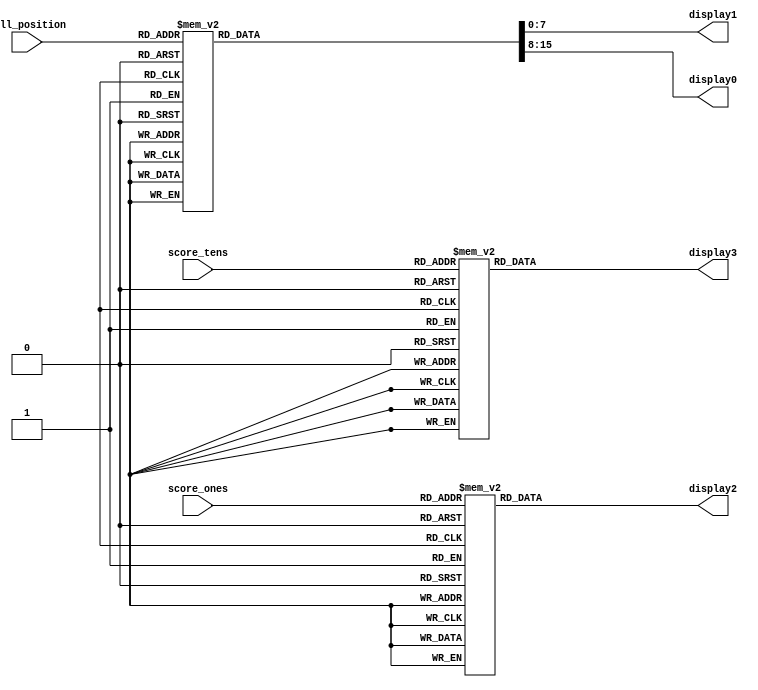
`timescale 1ns / 1ps
`define SSD_BIT_WIDTH 8 // SSD display control bit width
`define SSD_ZERO `SSD_BIT_WIDTH'b0000001_1 // 0
`define SSD_ONE `SSD_BIT_WIDTH'b1001111_1 // 1
`define SSD_TWO `SSD_BIT_WIDTH'b0010010_1 // 2
`define SSD_THREE `SSD_BIT_WIDTH'b000110_1 // 3
`define SSD_FOUR `SSD_BIT_WIDTH'b1001100_1 // 4
`define SSD_FIVE `SSD_BIT_WIDTH'b0100100_1 // 5
`define SSD_SIX `SSD_BIT_WIDTH'b0100000_1 // 6
`define SSD_SEVEN `SSD_BIT_WIDTH'b0001111_1 // 7
`define SSD_EIGHT `SSD_BIT_WIDTH'b0000000_1 // 8
`define SSD_NINE `SSD_BIT_WIDTH'b0001100_1 // 9
`define SSD_DEF `SSD_BIT_WIDTH'b0000000_0 // default

module ssd (display3, display2, display1, display0, ball_position, score_tens, score_ones);
    output reg [0:7] display3, display2, display1, display0;
    input [3:0] score_tens, score_ones;
    input [3:0] ball_position;

    always @(*) begin
        case (score_tens)
            4'd0: display3 = `SSD_ZERO;
            4'd1: display3 = `SSD_ONE;
            4'd2: display3 = `SSD_TWO;
            4'd3: display3 = `SSD_THREE;
            4'd4: display3 = `SSD_FOUR;
            4'd5: display3 = `SSD_FIVE;
            4'd6: display3 = `SSD_SIX;
            4'd7: display3 = `SSD_SEVEN;
            4'd8: display3 = `SSD_EIGHT;
            4'd9: display3 = `SSD_NINE;
            default: display3 = `SSD_DEF;
        endcase
    end

    always @(*) begin
        case (score_ones)
            4'd0: display2 = `SSD_ZERO;
            4'd1: display2 = `SSD_ONE;
            4'd2: display2 = `SSD_TWO;
            4'd3: display2 = `SSD_THREE;
            4'd4: display2 = `SSD_FOUR;
            4'd5: display2 = `SSD_FIVE;
            4'd6: display2 = `SSD_SIX;
            4'd7: display2 = `SSD_SEVEN;
            4'd8: display2 = `SSD_EIGHT;
            4'd9: display2 = `SSD_NINE;
            default: display2 = `SSD_DEF;
        endcase
    end

    always @(*) begin
        case (ball_position)
            4'd15: begin
                display1 = `SSD_ONE;
                display0 = `SSD_FIVE;
            end  
            4'd14: begin
                display1 = `SSD_ONE;
                display0 = `SSD_FOUR;
            end  
            4'd13: begin
                display1 = `SSD_ONE;
                display0 = `SSD_THREE;
            end  
            4'd12: begin
                display1 = `SSD_ONE;
                display0 = `SSD_TWO;
            end  
            4'd11: begin
                display1 = `SSD_ONE;
                display0 = `SSD_ONE;
            end  
            4'd10: begin
                display1 = `SSD_ONE;
                display0 = `SSD_ZERO;
            end  
            4'd9: begin
                display1 = `SSD_ZERO;
                display0 = `SSD_NINE;
            end  
            4'd8: begin
                display1 = `SSD_ZERO;
                display0 = `SSD_EIGHT;
            end  
            4'd7: begin
                display1 = `SSD_ZERO;
                display0 = `SSD_SEVEN;
            end  
            4'd6: begin
                display1 = `SSD_ZERO;
                display0 = `SSD_SIX;
            end  
            4'd5: begin
                display1 = `SSD_ZERO;
                display0 = `SSD_FIVE;
            end  
            4'd4: begin
                display1 = `SSD_ZERO;
                display0 = `SSD_FOUR;
            end  
            4'd3: begin
                display1 = `SSD_ZERO;
                display0 = `SSD_THREE;
            end  
            4'd2: begin
                display1 = `SSD_ZERO;
                display0 = `SSD_TWO;
            end  
            4'd1: begin
                display1 = `SSD_ZERO;
                display0 = `SSD_ONE;
            end  
            4'd0: begin
                display1 = `SSD_ZERO;
                display0 = `SSD_ZERO;
            end  
            default: begin 
                display1 = `SSD_DEF;
                display0 = `SSD_DEF;
            end
        endcase
    end
endmodule